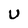
Character: U